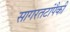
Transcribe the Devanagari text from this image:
सागरतटांपैकी